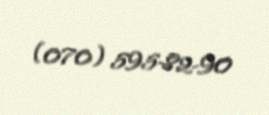
(070) 595-82-90